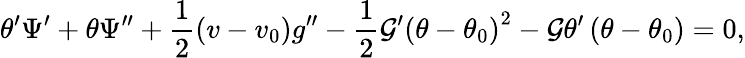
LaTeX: \theta^{\prime}\Psi^{\prime}+\theta\Psi^{\prime\prime}+\frac{1}{2}(v-v_{0})g^{\prime\prime}-\frac{1}{2}\mathcal{G}^{\prime}\left(\theta-\theta_{0}\right)^{2}-\mathcal{G}\theta^{\prime}\left(\theta-\theta_{0}\right)=0,